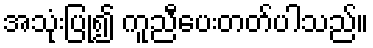
အသုံးပြု၍ ကူညီပေးတတ်ပါသည်။